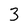
Character: 3